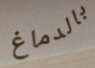
بالدماغ